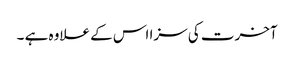
آخرت کی سزا اس کے علاوہ ہے ۔